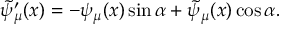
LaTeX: \widetilde { \psi } _ { \mu } ^ { \prime } ( x ) = - \psi _ { \mu } ( x ) \sin \alpha + \widetilde { \psi } _ { \mu } ( x ) \cos \alpha .